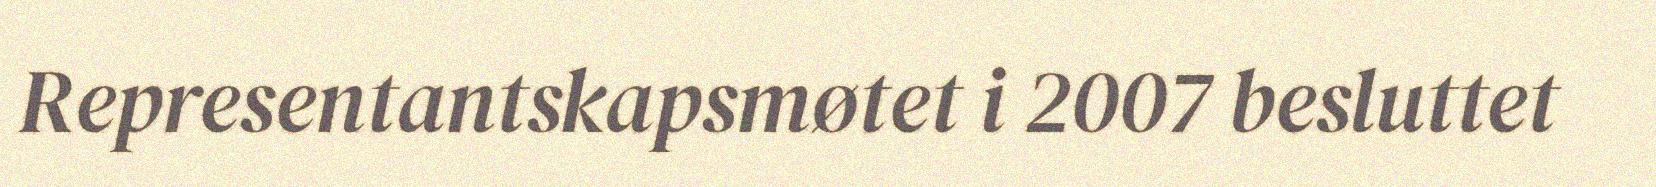
Representantskapsmøtet i 2007 besluttet